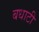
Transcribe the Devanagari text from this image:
बधाटी